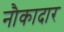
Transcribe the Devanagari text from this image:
नौकादार